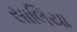
સાલિયા